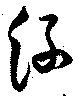
絲